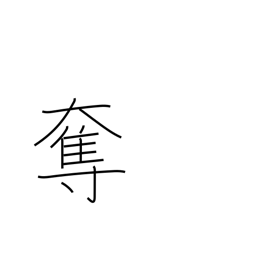
Meaning: usurp